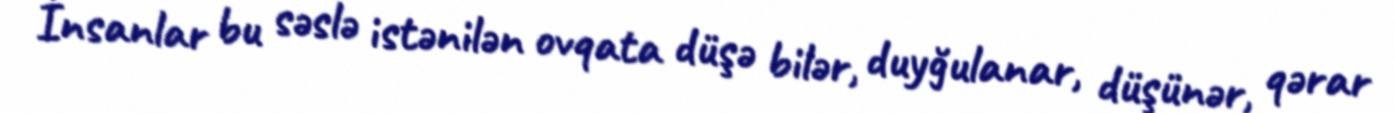
İnsanlar bu səslə istənilən ovqata düşə bilər, duyğulanar, düşünər, qərar